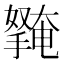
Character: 𭢱